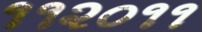
૧૧૨૦૧૧